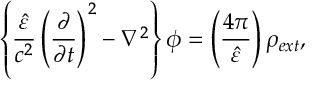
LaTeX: \left\{ { \frac { \hat { \varepsilon } } { c ^ { 2 } } } \left( { \frac { \partial } { \partial t } } \right) ^ { 2 } - \nabla ^ { 2 } \right\} \phi = \left( \frac { 4 \pi } { \hat { \varepsilon } } \right) \rho _ { e x t } ,